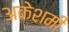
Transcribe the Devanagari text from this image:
अकेशमी